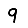
Digit: 9